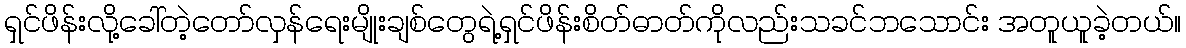
ရှင်ဖိန်းလို့ခေါ်တဲ့တော်လှန်ရေးမျိုးချစ်တွေရဲ့ရှင်ဖိန်းစိတ်ဓာတ်ကိုလည်းသခင်ဘသောင်း အတူယူခဲ့တယ်။